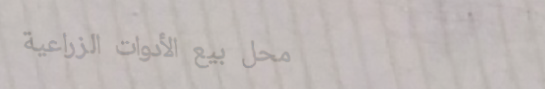
محل بيع الأدوات الزراعية